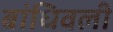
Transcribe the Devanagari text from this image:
बांधिवली